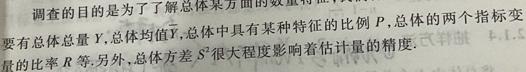
调查的目的是为了了解总体某方面的数量特征. 要有总体总量$Y$,总体均值$\overline{Y}$,总体中具有某种特征的比例$P$,总体 量的比率$R$等.另外,总体方差$S^{2}$很大程度影响着估计量的精度.